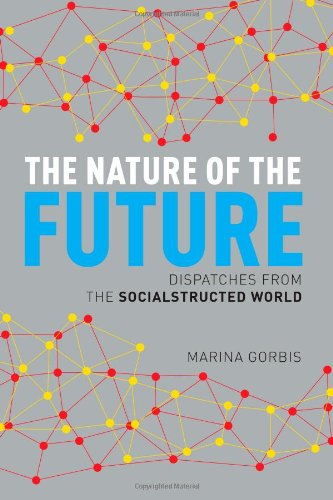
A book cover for The Nature of the Future: Dispatches from the Socialstructed World; Marina Gorbis; Computers & Technology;